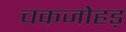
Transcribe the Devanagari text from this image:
चकजोहड़